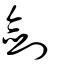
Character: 劔